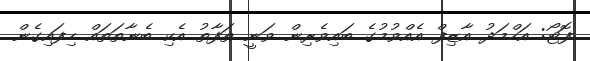
ފޮޓޯ: އަހްމަދު އާޒިފް އެއްވުމުގެ ބައިވެރިން ވަނީ ތަފާތު އެކި ބެނާތަތައް ހިފައިގެން